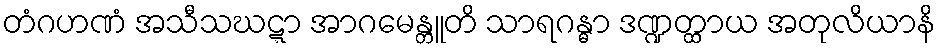
တံဂဟဏံ အသီသဃဋ္ဋာ အာဂမေန္တူတိ သာရဂန္ဓာ ဒဏ္ဍတ္ထာယ အတုလိယာနိ